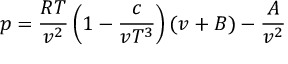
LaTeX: p = { \frac { R T } { v ^ { 2 } } } \left( 1 - { \frac { c } { v T ^ { 3 } } } \right) ( v + B ) - { \frac { A } { v ^ { 2 } } }